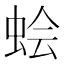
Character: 𫊹